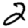
Digit: 2